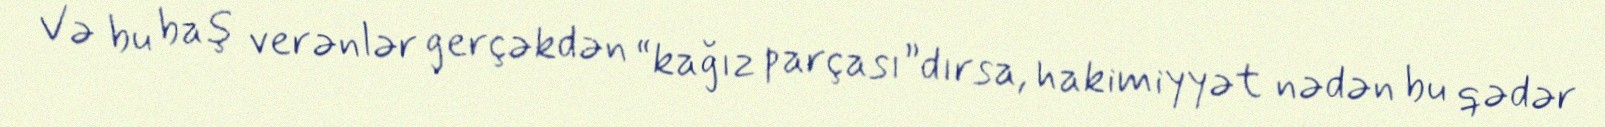
Və bu baş verənlər gerçəkdən “kağız parçası”dırsa, hakimiyyət nədən bu qədər